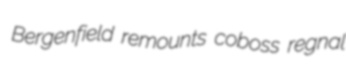
Bergenfield remounts coboss regnal